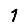
Digit: 1